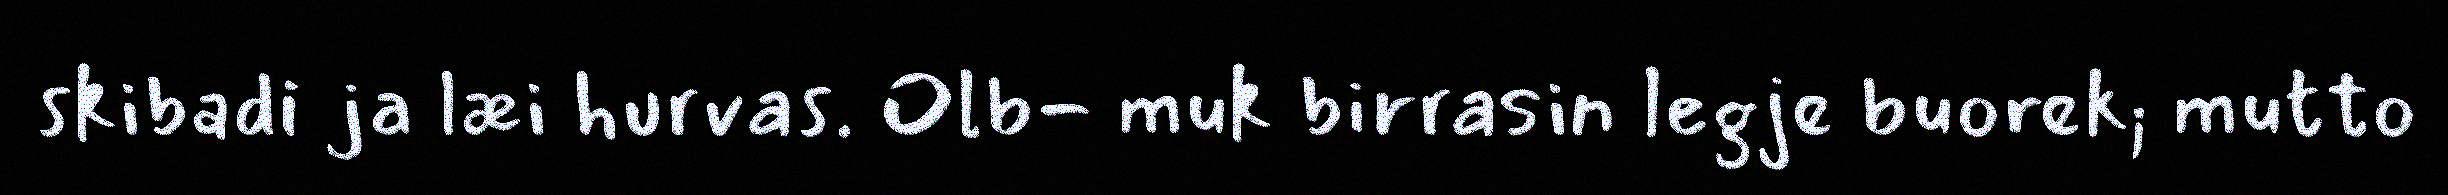
skibadi ja læi hurvas. Olb- muk birrasin legje buorek; mutto